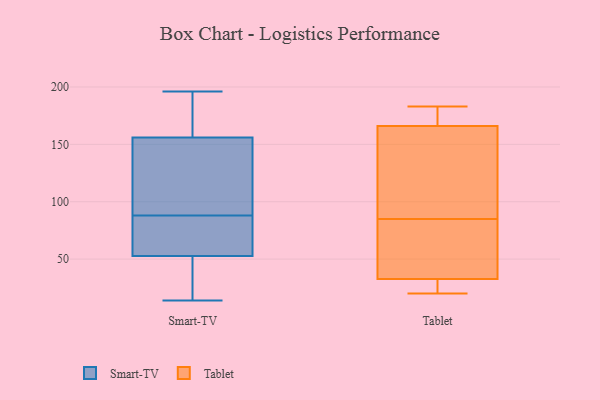
{"axis": {"x": "Net Income (USD K)", "y": "Value"}, "legend": ["Smart-TV", "Tablet"], "data": [{"x": "", "y": 196, "type": "Smart-TV"}, {"x": "", "y": 51, "type": "Smart-TV"}, {"x": "", "y": 132, "type": "Smart-TV"}, {"x": "", "y": 22, "type": "Smart-TV"}, {"x": "", "y": 96, "type": "Smart-TV"}, {"x": "", "y": 93, "type": "Smart-TV"}, {"x": "", "y": 14, "type": "Smart-TV"}, {"x": "", "y": 64, "type": "Smart-TV"}, {"x": "", "y": 58, "type": "Smart-TV"}, {"x": "", "y": 69, "type": "Smart-TV"}, {"x": "", "y": 196, "type": "Smart-TV"}, {"x": "", "y": 170, "type": "Smart-TV"}, {"x": "", "y": 164, "type": "Smart-TV"}, {"x": "", "y": 88, "type": "Smart-TV"}, {"x": "", "y": 46, "type": "Smart-TV"}, {"x": "", "y": 56, "type": "Tablet"}, {"x": "", "y": 85, "type": "Tablet"}, {"x": "", "y": 20, "type": "Tablet"}, {"x": "", "y": 25, "type": "Tablet"}, {"x": "", "y": 166, "type": "Tablet"}, {"x": "", "y": 65, "type": "Tablet"}, {"x": "", "y": 166, "type": "Tablet"}, {"x": "", "y": 85, "type": "Tablet"}, {"x": "", "y": 183, "type": "Tablet"}, {"x": "", "y": 23, "type": "Tablet"}, {"x": "", "y": 179, "type": "Tablet"}]}